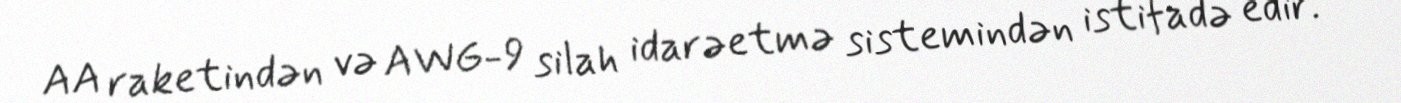
AA raketindən və AWG-9 silah idarəetmə sistemindən istifadə edir.